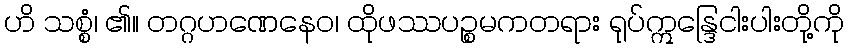
ဟိ သစ္စံ၊ ၏။ တဂ္ဂဟဏေနေဝ၊ ထိုဖဿပဉ္စမကတရား ရုပ်ဣန္ဒြေငါးပါးတို့ကို